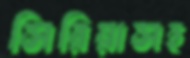
সিরিয়াসহ